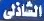
الشاذلى